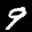
Label: 9